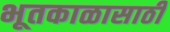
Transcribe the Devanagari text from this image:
भूतकाळासाठी